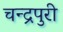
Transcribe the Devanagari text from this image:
चन्द्रपुरी